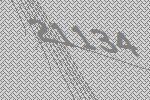
21134